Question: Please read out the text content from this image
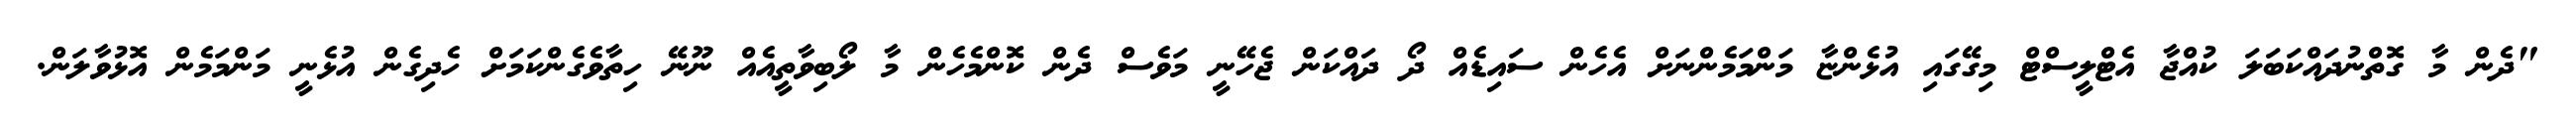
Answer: "ދެން މާ ގޮތްނުދައްކަބަލަ ކުއްޖާ އެޓްލީސްޓް މިގޭގައި އުޅެންޏާ މަންމަމެންނަށް އެހެން ސައިޑެއް ދޯ ދައްކަން ޖެހޭނީ މަވެސް ދެން ކޮންމެހެން މާ ލޯބިވާތީއެއް ނޫނޭ ހިތާވެގެންކަމަށް ހެދިގެން އުޅެނީ މަންމަމެން އޮޅުވާލަން.